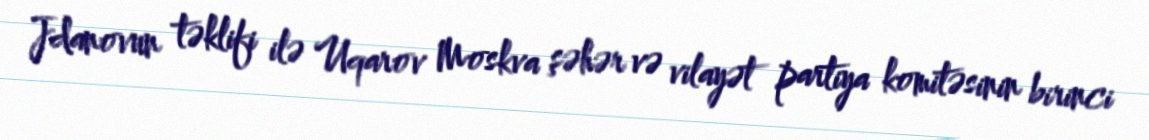
Jdanovun təklifi ilə Uqarov Moskva şəhər və vilayət partiya komitəsinin birinci